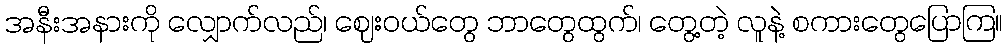
အနီးအနားကို လျှောက်လည်၊ ဈေးဝယ်တွေ ဘာတွေထွက်၊ တွေ့တဲ့ လူနဲ့ စကားတွေပြောကြ။